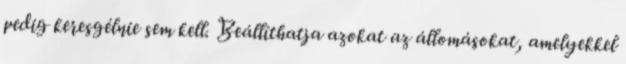
pedig keresgélnie sem kell. Beállíthatja azokat az állomásokat, amelyekkel